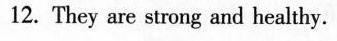
12. They are strong and healthy.